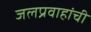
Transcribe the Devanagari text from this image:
जलप्रवाहांची